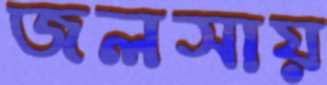
জলসায়